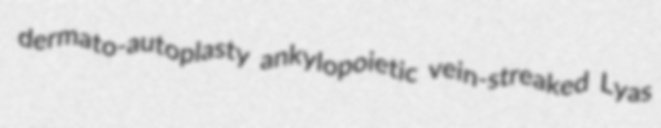
dermato-autoplasty ankylopoietic vein-streaked Lyas